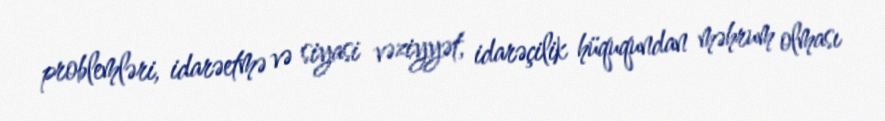
problemləri, idarəetmə və siyasi vəziyyət, idarəçilik hüququndan məhrum olması